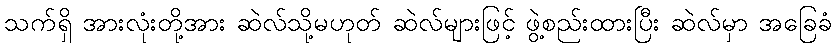
သက်ရှိ အားလုံးတို့အား ဆဲလ်သို့မဟုတ် ဆဲလ်များဖြင့် ဖွဲ့စည်းထားပြီး ဆဲလ်မှာ အခြေခံ